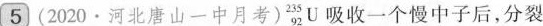
5(2020 \cdot 河北唐山一中月考)_{92}^{235}U吸收一个慢中子后，分裂